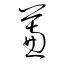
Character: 蒹